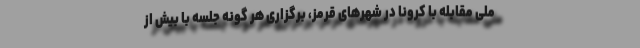
ملی مقابله با کرونا در شهرهای قرمز، برگزاری هر گونه جلسه با بیش از